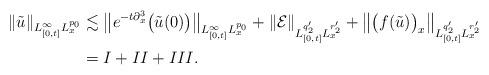
LaTeX: \begin{align*}\|\tilde{u}\|_{L_{[0,t]}^{\infty}L_x^{p_0}}&\lesssim\big{\|}e^{-t\partial_x^3}\big{(}\tilde{u}(0)\big{)}\big{\|}_{L_{[0,t]}^{\infty}L_x^{p_0}}+\|\mathcal{E}\|_{L^{q_2'}_{[0,t]}L_x^{r_2'}}+\big{\|}\big{(}f(\tilde{u})\big{)}_x\big{\|}_{L^{q_2'}_{[0,t]}L_x^{r_2'}}\\&=I+II+III.\end{align*}